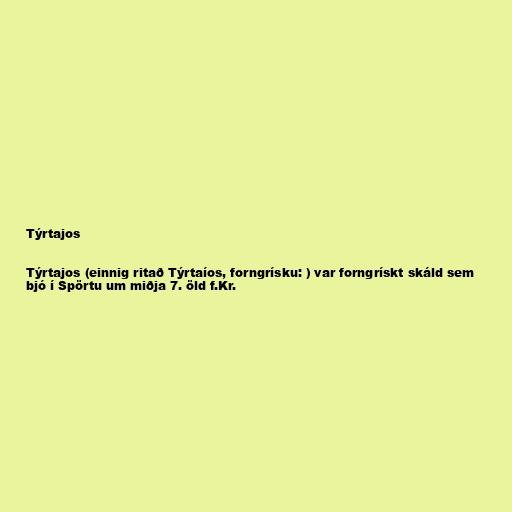
Týrtajos

Týrtajos (einnig ritað Týrtaíos, forngrísku: ) var forngrískt skáld sem
bjó í Spörtu um miðja 7. öld f.Kr.